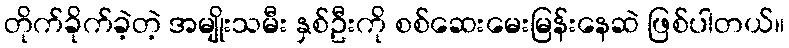
တိုက်ခိုက်ခဲ့တဲ့ အမျိုးသမီး နှစ်ဦးကို စစ်ဆေးမေးမြန်းနေဆဲ ဖြစ်ပါတယ်။